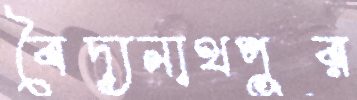
বৈদ্যনাথপুর